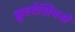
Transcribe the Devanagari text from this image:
क्रूस्टेसियनों